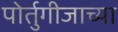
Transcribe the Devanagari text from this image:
पोर्तुगीजाच्या